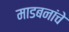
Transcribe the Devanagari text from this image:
माडबनांचे